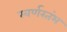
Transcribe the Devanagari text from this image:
स्वर्णस्तंभ